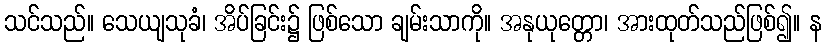
သင်သည်။ သေယျသုခံ၊ အိပ်ခြင်း၌ ဖြစ်သော ချမ်းသာကို။ အနုယုတ္တော၊ အားထုတ်သည်ဖြစ်၍။ န